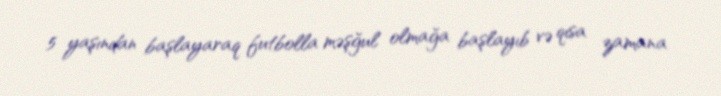
5 yaşından başlayaraq futbolla məşğul olmağa başlayıb və qısa zamana